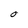
Character: O